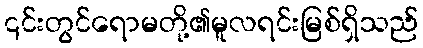
၎င်းတွင်ရောမတို့၏မူလရင်းမြစ်ရှိသည်